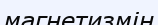
магнетизмін